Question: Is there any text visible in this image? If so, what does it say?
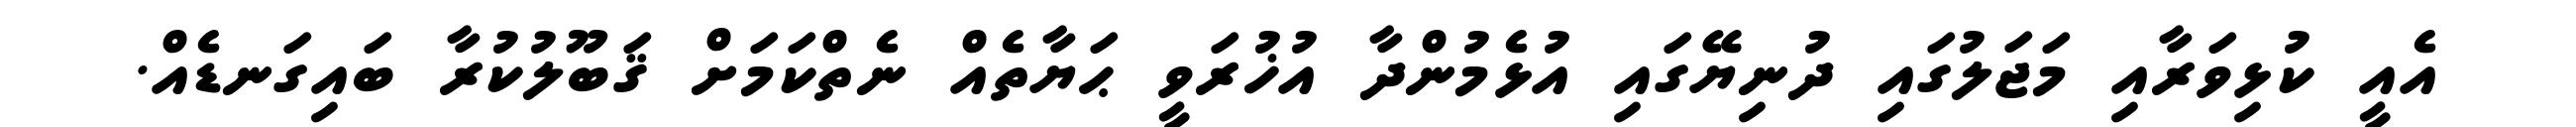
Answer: އެއީ ކުޅިވަރާއި މަޖަލުގައި ދުނިޔޭގައި އުޅެމުންދާ އުޚުރަވީ ޙަޔާތެއް ނެތްކަމަށް ޤަބޫލުކުރާ ބައިގަނޑެއް.